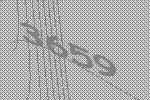
3659